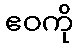
ဧဝကို